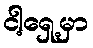
ငါ့ရှေ့မှာ